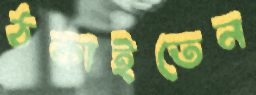
ঠকাইতেন